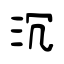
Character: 沉